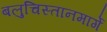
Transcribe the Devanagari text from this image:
बलुचिस्तानमार्गे